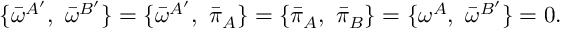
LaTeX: \{ { \bar { \omega } } ^ { A ^ { \prime } } , \ { \bar { \omega } } ^ { B ^ { \prime } } \} = \{ { \bar { \omega } } ^ { A ^ { \prime } } , \ { \bar { \pi } _ { A } } \} = \{ { \bar { \pi } _ { A } } , \ { \bar { \pi } _ { B } } \} = \{ { \omega } ^ { A } , \ { \bar { \omega } } ^ { B ^ { \prime } } \} = 0 .